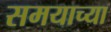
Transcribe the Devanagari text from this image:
समयाच्या